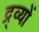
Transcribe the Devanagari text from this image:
द्र्व्यों